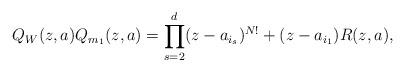
LaTeX: \begin{align*} Q_W(z,a) Q_{m_1}(z,a) = \prod_{s=2}^d (z-a_{i_s})^{N!} + (z-a_{i_1}) R(z,a) ,\end{align*}